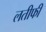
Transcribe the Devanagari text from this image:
लतीफी